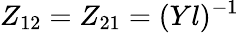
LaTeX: Z_{12}=Z_{21}=(Yl)^{-1}